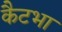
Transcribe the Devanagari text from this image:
कैटभा